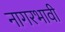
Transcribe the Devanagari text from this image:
नागरभावी